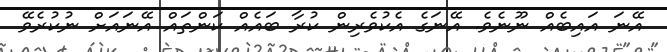
އޭނަ އައިބެއް ނޫނެވެ. އޭނަގެ އެކުވެރިން ކުރާ ބައެއް ކަންތައް އޭނައަށް ނުކުރެވޭ